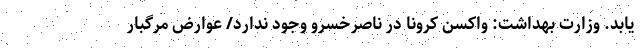
یابد. وزارت بهداشت: واکسن کرونا در ناصرخسرو وجود ندارد/ عوارض مرگبار